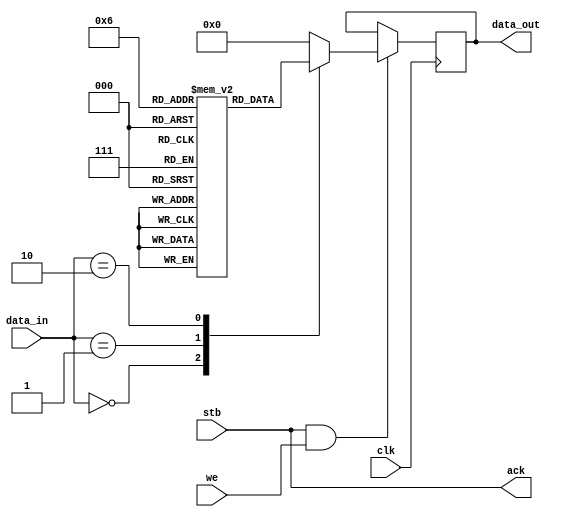
/**
  System Configuration
  --
  Configuration parameters for the system RAM.
  * mem_lim: total RAM in bytes
  * stack_org: address of boundary between modules/stack and heap space
  * stack_size: stack size in bytes

  A few used configurations:
  * total 192k, heap: 32k, stack: 16k
    mem_lim = 'h30000, stack_org = 'h28000, stack_size = 'h4000
  * total: 256k, heap: 64k, stack: 16k
    mem_lim = 'h40000, stackOrg = 'h30000, stack_size = 'h4000
  * total: 256k, heap: 64k, stack: 16k
    mem_lim = 'h40000, stackOrg = 'h30000, stack_size = 'h4000
  * total 384k, heap: 64k, stack: 16k
    mem_lim = 'h60000, stackOrg = 'h50000, stack_size = 'h4000
  * total: 416k, heap: 64k, stack: 16k
    mem_lim = 'h68000, stackOrg = 'h58000, stack_size = 'h4000
  * total: 512k, heap: 64k, stack: 16k
    mem_lim = 'h80000, stackOrg = 'h70000, stack_size = 'h4000
  * total: 650k, heap: 64k, stack: 32k
    mem_lim = 'h90000, stackOrg = 'h80000, stack_size = 'h8000
  * total: 1M, heap: 512k, stack: 64k
    mem_lim = 'h100000, stackOrg = 'h80000, stack_size = 'h10000
  * total: 16M - 8k, heap: 8M, stack: 128k
    mem_lim = 'h1000000 - 'h2000, stackOrg = 'h800000, stack_size = 'h20000
  --
  Architecture: ANY
  --
  (c) 2023 Gray, gray@grayraven.org
  https://oberon-rts.org/licences
**/

`timescale 1ns / 1ps
`default_nettype none


module sysconf #(
  parameter
    mem_lim = 'h40000,
    stack_org = 'h30000,
    stack_size = 'h4000
  )(
  input wire clk,
  input wire stb,
  input wire we,
  input wire [1:0] data_in,
  output reg [31:0] data_out,
  output wire ack
);

  localparam
    mem_lim_ix = 2'd0,
    stack_org_ix = 2'd1,
    stack_size_ix = 2'd2;

  wire wr_select = stb &  we;

  reg [31:0] par [0:3];
  wire [1:0] select = data_in[1:0];

  initial begin
    par[mem_lim_ix] = mem_lim;
    par[stack_org_ix] = stack_org;
    par[stack_size_ix] = stack_size;
    par[3] = 32'h0;
  end

  always @(posedge clk) begin
    if (wr_select) begin
      case (select)
        mem_lim_ix: data_out[31:0] <= par[mem_lim_ix];
        stack_org_ix: data_out[31:0] <= par[stack_org_ix];
        stack_size_ix: data_out[31:0] <= par[stack_size_ix];
        default: data_out[31:0] <= 32'b0;
      endcase
    end
  end

  assign ack = stb;

endmodule

`resetall